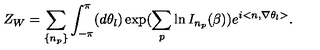
Z _ { W } = \sum _ { \left\{ n _ { p } \right\} } \int _ { - \pi } ^ { \pi } ( d \theta _ { l } ) \exp ( \sum _ { p } \ln I _ { n _ { p } } ( \beta ) ) e ^ { i < n , \nabla \theta _ { l } > } .